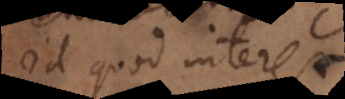
id quod interest